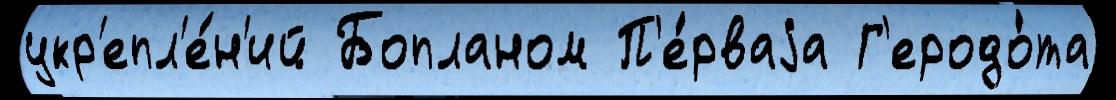
укр'епл'е́н'ий Бопланом П'е́рваjа Г'еродо́та